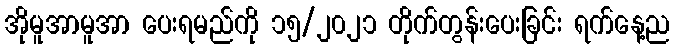
အိုမူအာမူအာ ပေးရမည်ကို ၁၅/၂၀၂၁ တိုက်တွန်းပေးခြင်း ရက်နေ့ည